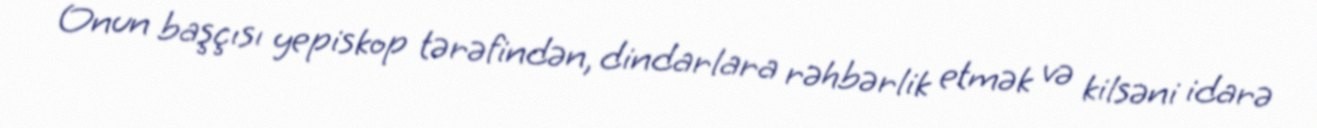
Onun başçısı yepiskop tərəfindən, dindarlara rəhbərlik etmək və kilsəni idarə